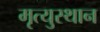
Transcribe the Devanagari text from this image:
मृत्युस्थान